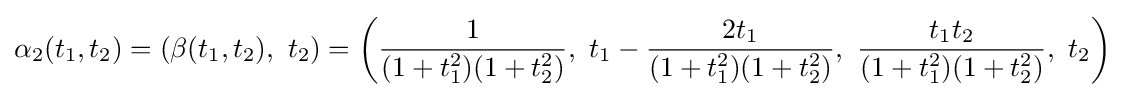
\alpha _{2}(t_{1},t_{2})=\left(\beta (t_{1},t_{2}),\ t_{2}\right)=\left({\frac {1}{(1+t_{1}^{2})(1+t_{2}^{2})}},\ t_{1}-{\frac {2t_{1}}{(1+t_{1}^{2})(1+t_{2}^{2})}},\ {\frac {t_{1}t_{2}}{(1+t_{1}^{2})(1+t_{2}^{2})}},\ t_{2}\right)